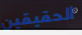
الحقيقين